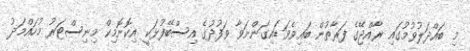
މި ބައްދަލުވުމުގައި ރާއްޖޭގެ ފަރާތުން ބައިވެވަޑައިގަންނަވާ ވަފުދުގެ އިސްބޭފުޅަކީ އިކޮނޮމިކް މިނިސްޓަރު މުހައްމަދު